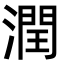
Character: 潤